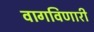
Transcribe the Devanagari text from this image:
वागविणारी